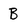
Character: B